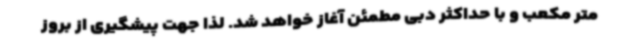
متر مکعب و با حداکثر دبی مطمئن آغاز خواهد شد. لذا جهت پیشگیری از بروز